Annual administration and progress report of the Indian Medical Department, Bombay
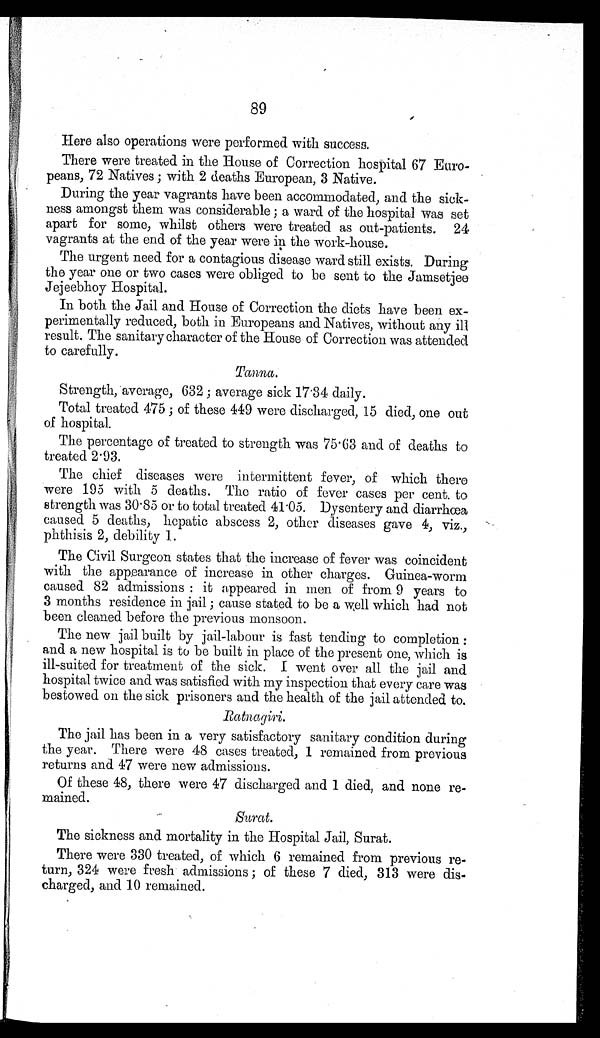
89
Here also operations were performed with success.
There were treated in the House of Correction hospital 67 Euro-
peans, 72 Natives; with 2 deaths European, 3 Native.
During the year vagrants have been accommodated, and the sick-
ness amongst them was considerable; a ward of the hospital was set
apart for some, whilst others were treated as out-patients. 24
vagrants at the end of the year were in the work-house.
The urgent need for a contagious disease ward still exists. During
the year one or two cases were obliged to be sent to the Jamsetjee
Jejeebhoy Hospital.
In both the Jail and House of Correction the diets have been ex-
perimentally reduced, both in Europeans and Natives, without any ill
result. The sanitary character of the House of Correction was attended
to carefully.
Tanna.
Strength, average, 632; average sick 17.34 daily.
Total treated 475; of these 449 were discharged, 15 died, one out
of hospital.
The percentage of treated to strength was 75.63 and of deaths to
treated 2.93.
The chief diseases were intermittent fever, of which there
were 195 with 5 deaths. The ratio of fever cases per cent. to
strength was 30.85 or to total treated 41.05. Dysentery and diarrhœa
caused 5 deaths, hepatic abscess 2, other diseases gave 4, viz.,
phthisis 2, debility 1.
The Civil Surgeon states that the increase of fever was coincident
with the appearance of increase in other charges. Guinea-worm
caused 82 admissions: it appeared in men of from 9 years to
3 months residence in jail; cause stated to be a well which had not
been cleaned before the previous monsoon.
The new jail built by jail-labour is fast tending to completion:
and a new hospital is to be built in place of the present one, which is
ill-suited for treatment of the sick. I went over all the jail and
hospital twice and was satisfied with my inspection that every care was
bestowed on the sick prisoners and the health of the jail attended to.
Ratnagiri.
The jail has been in a very satisfactory sanitary condition during
the year. There were 48 cases treated, 1 remained from previous
returns and 47 were new admissions.
Of these 48, there were 47 discharged and 1 died, and none re-
mained.
Surat.
The sickness and mortality in the Hospital Jail, Surat.
There were 330 treated, of which 6 remained from previous re-
turn, 324 were fresh admissions; of these 7 died, 313 were dis-
charged, and 10 remained.